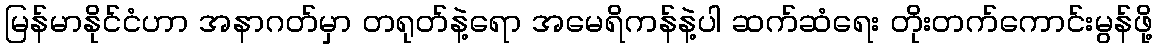
မြန်မာနိုင်ငံဟာ အနာဂတ်မှာ တရုတ်နဲ့ရော အမေရိကန်နဲ့ပါ ဆက်ဆံရေး တိုးတက်ကောင်းမွန်ဖို့